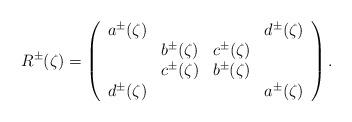
LaTeX: \begin{align*}R^\pm(\zeta)=\left(\begin{array}{cccc}a^\pm(\zeta)&&&d^\pm(\zeta)\\&b^\pm(\zeta)&c^\pm(\zeta)&\\&c^\pm(\zeta)&b^\pm(\zeta)&\\d^\pm(\zeta)&&&a^\pm(\zeta)\end{array}\right).\end{align*}